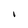
Character: I